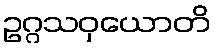
ဥဂ္ဂသဝှယောတိ